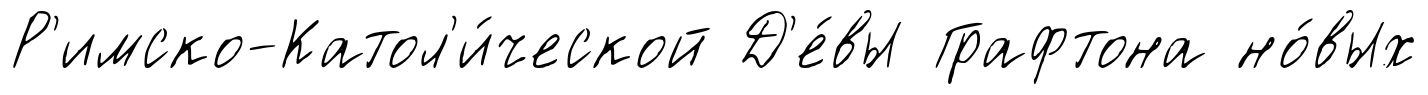
Р'имско-Катол'и́ческой Д'е́вы Графтона но́вых